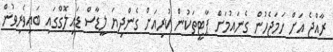
ރާއްޖެ އަށް ހަމަޖެހުން ގެނައުމަށް ޕާޓީތަކުން ކުރިއަށް ގެންދިޔަ ލީޑާސް ޑައިލޮގްގައި ބައިވެރިވުން